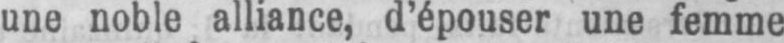
une noble alliance, d’épouser une femme